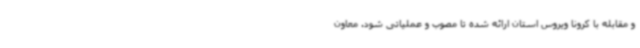
و مقابله با کرونا ویروس استان ارائه شده تا مصوب و عملیاتی شود. معاون